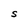
Character: S